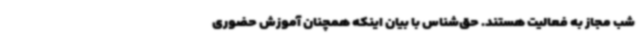
شب مجاز به فعالیت هستند. حق‌شناس با بیان اینکه همچنان آموزش‌ حضوری